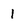
Character: 1